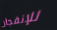
للإنفجار